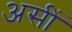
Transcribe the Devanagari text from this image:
असीं